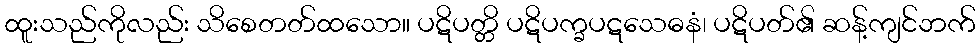
ထူးသည်ကိုလည်း သိစေတတ်ထသော။ ပဋိပတ္တိ ပဋိပက္ခပဋသေဓနံ၊ ပဋိပတ်၏ ဆန့်ကျင်ဘက်